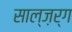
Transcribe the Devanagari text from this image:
साल्ज़र्ग